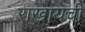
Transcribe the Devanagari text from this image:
राखायची